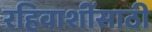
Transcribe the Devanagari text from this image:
रहिवाशींसाठी